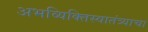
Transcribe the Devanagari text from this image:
अभव्यिक्तिस्वातंत्र्याचा